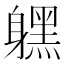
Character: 𨊂